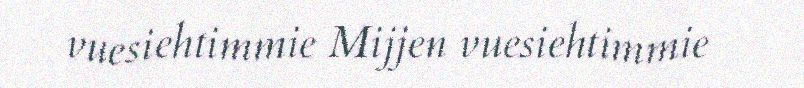
vuesiehtimmie Mijjen vuesiehtimmie